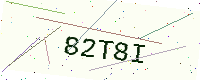
Text: 82T8I